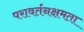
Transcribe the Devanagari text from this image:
परावर्तनक्षमता